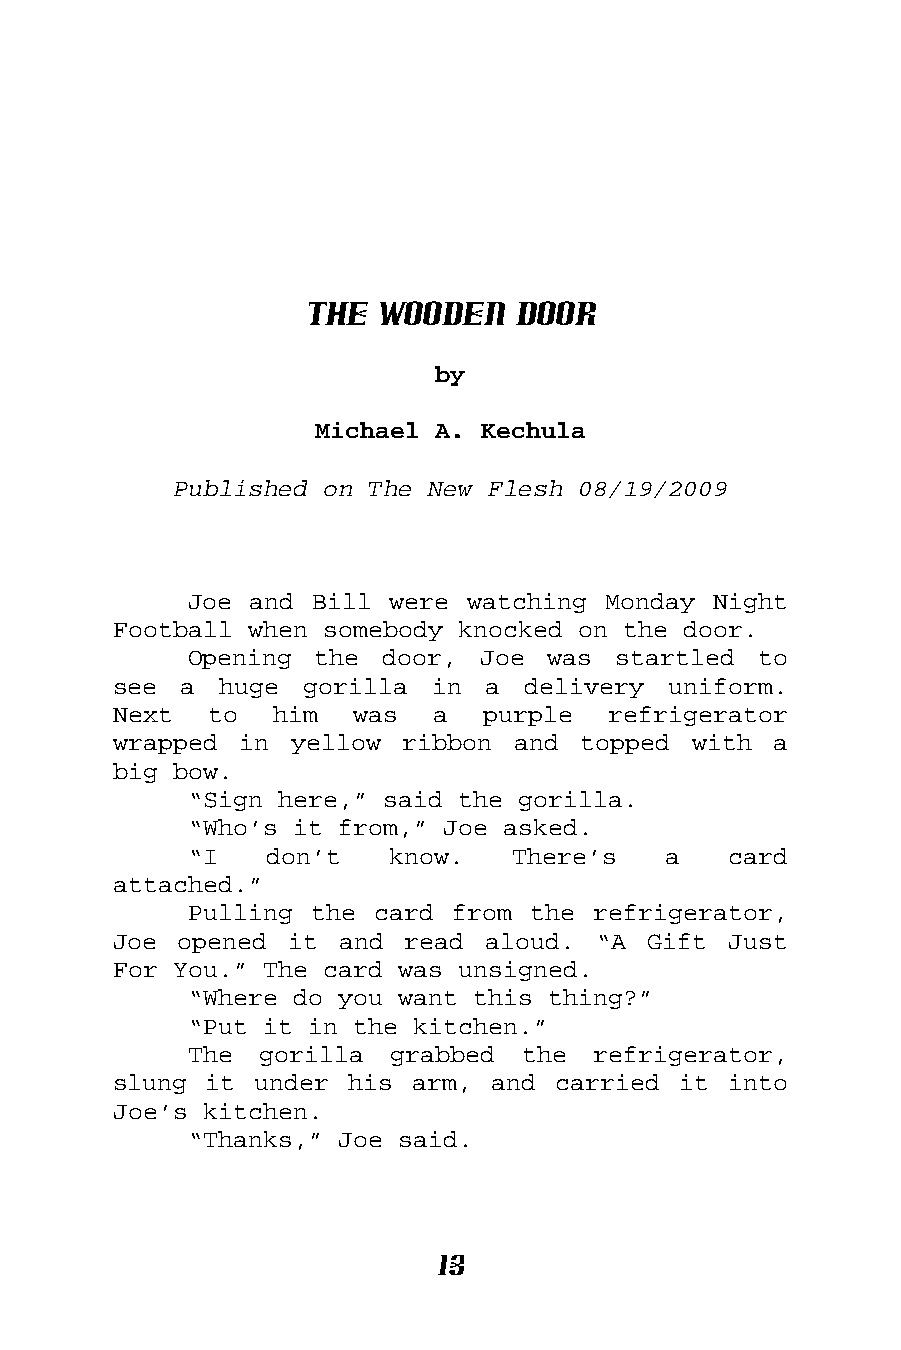
The Wooden    Door
 by
 Michael A. Kechula
 Published on The New Flesh 08/19/2009
 Joe and Bill were watching Monday  Night
 Football when somebody knocked on the door.
 Opening the  door, Joe  was startled  to
 see a  huge gorilla  in  a delivery  uniform.
 Next  to  him   was  a  purple   refrigerator
 wrapped in  yellow ribbon and  topped with  a
 big bow.
 “Sign here,” said the gorilla.
 “Who’s it from,” Joe asked.
 “I   don’t   know.   There’s   a    card
 attached.”
 Pulling the card from the  refrigerator,
 Joe opened  it and read  aloud. “A Gift  Just
 For You.” The card was unsigned.
 “Where do you want this thing?”
 “Put it in the kitchen.”
 The  gorilla grabbed  the  refrigerator,
 slung it under  his arm, and carried it  into
 Joe’s kitchen.
 “Thanks,” Joe said.
 13